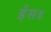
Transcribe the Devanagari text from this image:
ईस॥